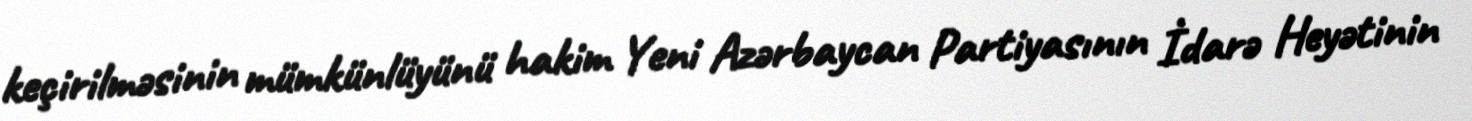
keçirilməsinin mümkünlüyünü hakim Yeni Azərbaycan Partiyasının İdarə Heyətinin